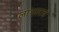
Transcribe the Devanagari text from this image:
लाभलाच